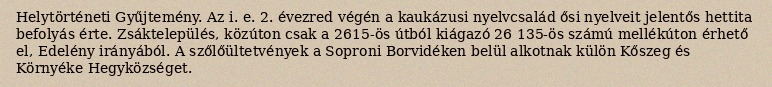
Helytörténeti Gyűjtemény. Az i. e. 2. évezred végén a kaukázusi nyelvcsalád ősi nyelveit jelentős hettita befolyás érte. Zsáktelepülés, közúton csak a 2615-ös útból kiágazó 26 135-ös számú mellékúton érhető el, Edelény irányából. A szőlőültetvények a Soproni Borvidéken belül alkotnak külön Kőszeg és Környéke Hegyközséget.